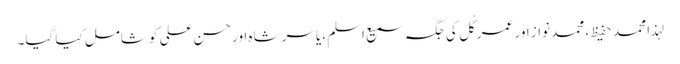
لہذا محمد حفیظ ، محمد نواز اور عمر گُل کی جگہ سمیع اسلم ،یاسر شاہ اور حسن علی کو شامل کیا گیا۔